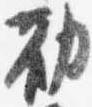
勧